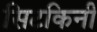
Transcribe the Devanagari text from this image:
सिटकिनी